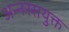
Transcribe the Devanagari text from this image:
अन्नरसयुक्त